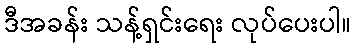
ဒီအခန်း သန့်ရှင်းရေး လုပ်ပေးပါ။